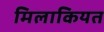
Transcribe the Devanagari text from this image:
मिलाकियत